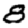
Digit: 8